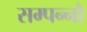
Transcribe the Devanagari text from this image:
सम्पन्नौ